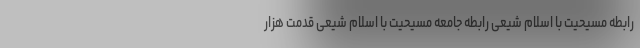
رابطه مسیحیت با اسلام شیعی رابطه جامعه مسیحیت با اسلام شیعی قدمت هزار